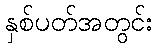
နှစ်ပတ်အတွင်း